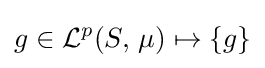
g\in {\mathcal {L}}^{p}(S,\,\mu )\mapsto \{g\}